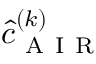
\hat { c } _ { \mathrm { ~ A ~ I ~ R ~ } } ^ { ( k ) }